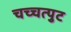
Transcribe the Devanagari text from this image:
चच्चत्पुट